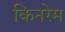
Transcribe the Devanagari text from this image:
किनरेम